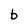
Character: b